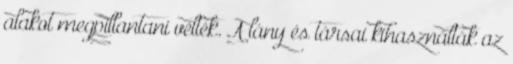
alakot megpillantani vélték. A lány és társai kihasználták az